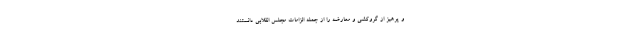
و پرهیز از گروکشی و معارضه را از جمله الزامات مجلس انقلابی دانستند